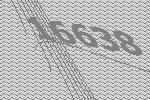
16638